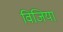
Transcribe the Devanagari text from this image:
विजिया